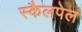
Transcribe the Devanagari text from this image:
स्कैलपेल